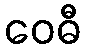
ဝေဓီ